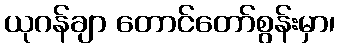
ယုဂန်ချာ တောင်တော်စွန်းမှာ၊